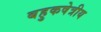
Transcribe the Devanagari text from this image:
बहुकषेत्रीय